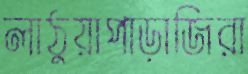
লাঠুয়াপাড়াজিরা